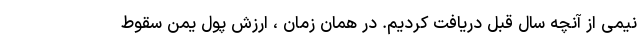
نیمی از آنچه سال قبل دریافت کردیم. در همان زمان ، ارزش پول یمن سقوط